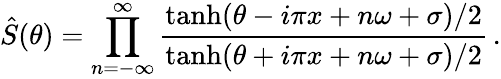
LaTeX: \hat{S}(\theta)=\prod_{n=-\infty}^{\infty}\frac{\operatorname{tanh}(\theta-i\pi x+n\omega+\sigma)/2}{\operatorname{tanh}(\theta+i\pi x+n\omega+\sigma)/2}\, .